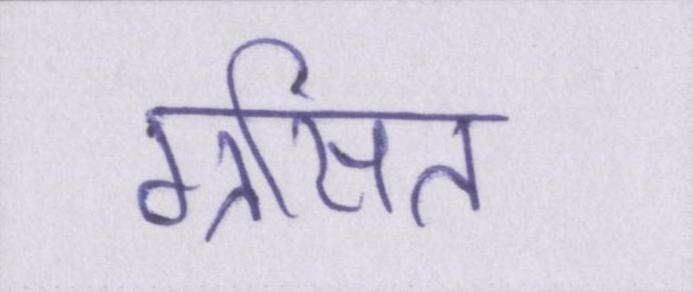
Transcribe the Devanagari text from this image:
ग्रसित